Leaving Certificate Examination (including Day School Certificate (Higher) General paper), 1931
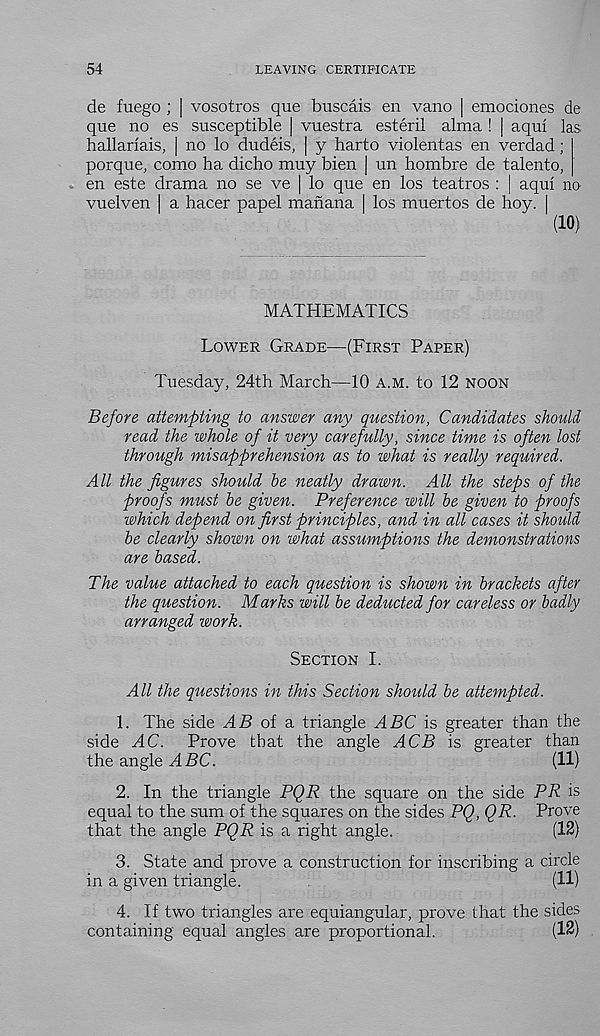
54
LEAVING CERTIFICATE
de fuego ; [ vosotros que buscais en vano | emociones de
que no es susceptible | vuestra esteril alma ! | aqui las
hallariais, | no lo dudeis, | y harto violentas en verdad;
porque, como ha dicho muy bien | un hombre de talento,
en este drama no se ve | lo que en los teatros : | aqui no
vuelven | a hacer papel manana | los muertos de hoy. |
(10)
MATHEMATICS
Lower Grade—(First Paper)
Tuesday, 24th March—10 a.m. to 12 noon
Before attempting to answer any question, Candidates should
read the whole of it very carefully, since time is often lost
through misapprehension as to what is really required.
All the figures should he neatly drawn. All the steps of the
proofs must be given. Preference will he given to proofs
which depend on first principles, and in all cases it should
he clearly shown on what assumptions the demonstrations
are based.
The value attached to each question is shown in brackets after
the question. Marks will he deducted for careless or badly
arranged work.
Section I.
All the questions in this Section should he attempted.
1. The side AS of a triangle ABC is greater than the
side AC.
Prove that the angle ACB is greater than
the angle ABC.
(11)
2. In the triangle PQR the square on the side PR is
equal to the sum of the squares on the sides PQ, QR. Prove
that the angle PQR is a right angle.
(12)
3. State and prove a construction for inscribing a circle
in a given triangle.
(11)
4. If two triangles are equiangular, prove that the sides
containing equal angles are proportional.
(12)